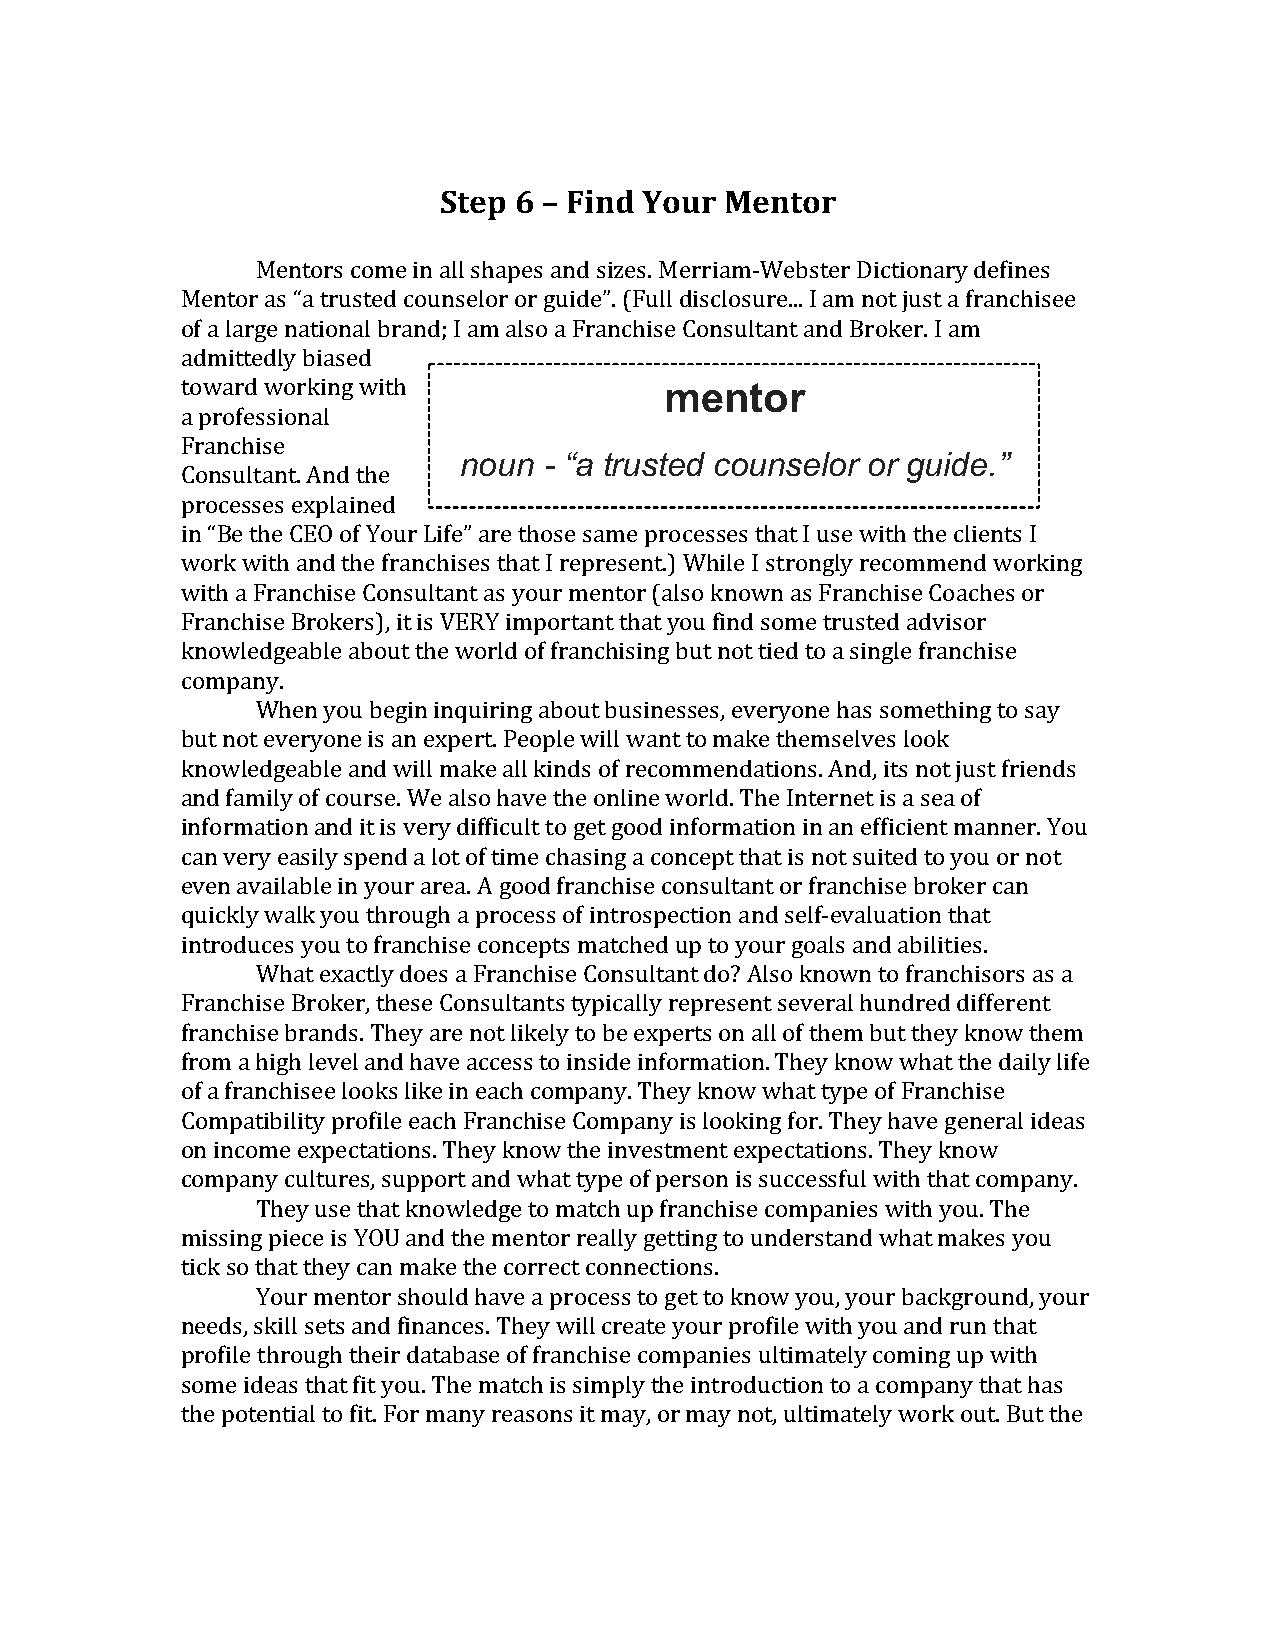
Step 6 – Find Your Mentor
 Mentors come in all shapes and sizes. Merriam-Webster Dictionary defines
 Mentor as “a trusted counselor or guide”. (Full disclosure... I am not just a franchisee
 of a large national brand; I am also a Franchise Consultant and Broker. I am
 admittedly biased
 toward working with             mentor
 a professional
 Franchise
 noun  - “a trusted counselor or guide.”
 Consultant. And the
 processes explained
 in “Be the CEO of Your Life” are those same processes that I use with the clients I
 work with and the franchises that I represent.) While I strongly recommend working
 with a Franchise Consultant as your mentor (also known as Franchise Coaches or
 Franchise Brokers), it is VERY important that you find some trusted advisor
 knowledgeable about the world of franchising but not tied to a single franchise
 company.
 When you begin inquiring about businesses, everyone has something to say
 but not everyone is an expert. People will want to make themselves look
 knowledgeable and will make all kinds of recommendations. And, its not just friends
 and family of course. We also have the online world. The Internet is a sea of
 information and it is very difficult to get good information in an efficient manner. You
 can very easily spend a lot of time chasing a concept that is not suited to you or not
 even available in your area. A good franchise consultant or franchise broker can
 quickly walk you through a process of introspection and self-evaluation that
 introduces you to franchise concepts matched up to your goals and abilities.
 What exactly does a Franchise Consultant do? Also known to franchisors as a
 Franchise Broker, these Consultants typically represent several hundred different
 franchise brands. They are not likely to be experts on all of them but they know them
 from a high level and have access to inside information. They know what the daily life
 of a franchisee looks like in each company. They know what type of Franchise
 Compatibility profile each Franchise Company is looking for. They have general ideas
 on income expectations. They know the investment expectations. They know
 company cultures, support and what type of person is successful with that company.
 They use that knowledge to match up franchise companies with you. The
 missing piece is YOU and the mentor really getting to understand what makes you
 tick so that they can make the correct connections.
 Your mentor should have a process to get to know you, your background, your
 needs, skill sets and finances. They will create your profile with you and run that
 profile through their database of franchise companies ultimately coming up with
 some ideas that fit you. The match is simply the introduction to a company that has
 the potential to fit. For many reasons it may, or may not, ultimately work out. But the